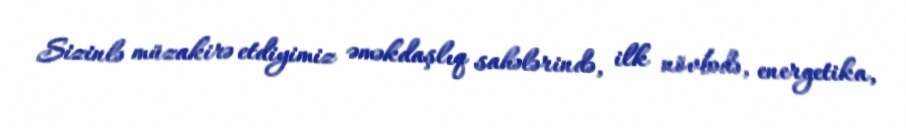
Sizinlə müzakirə etdiyimiz əməkdaşlıq sahələrində, ilk növbədə, energetika,